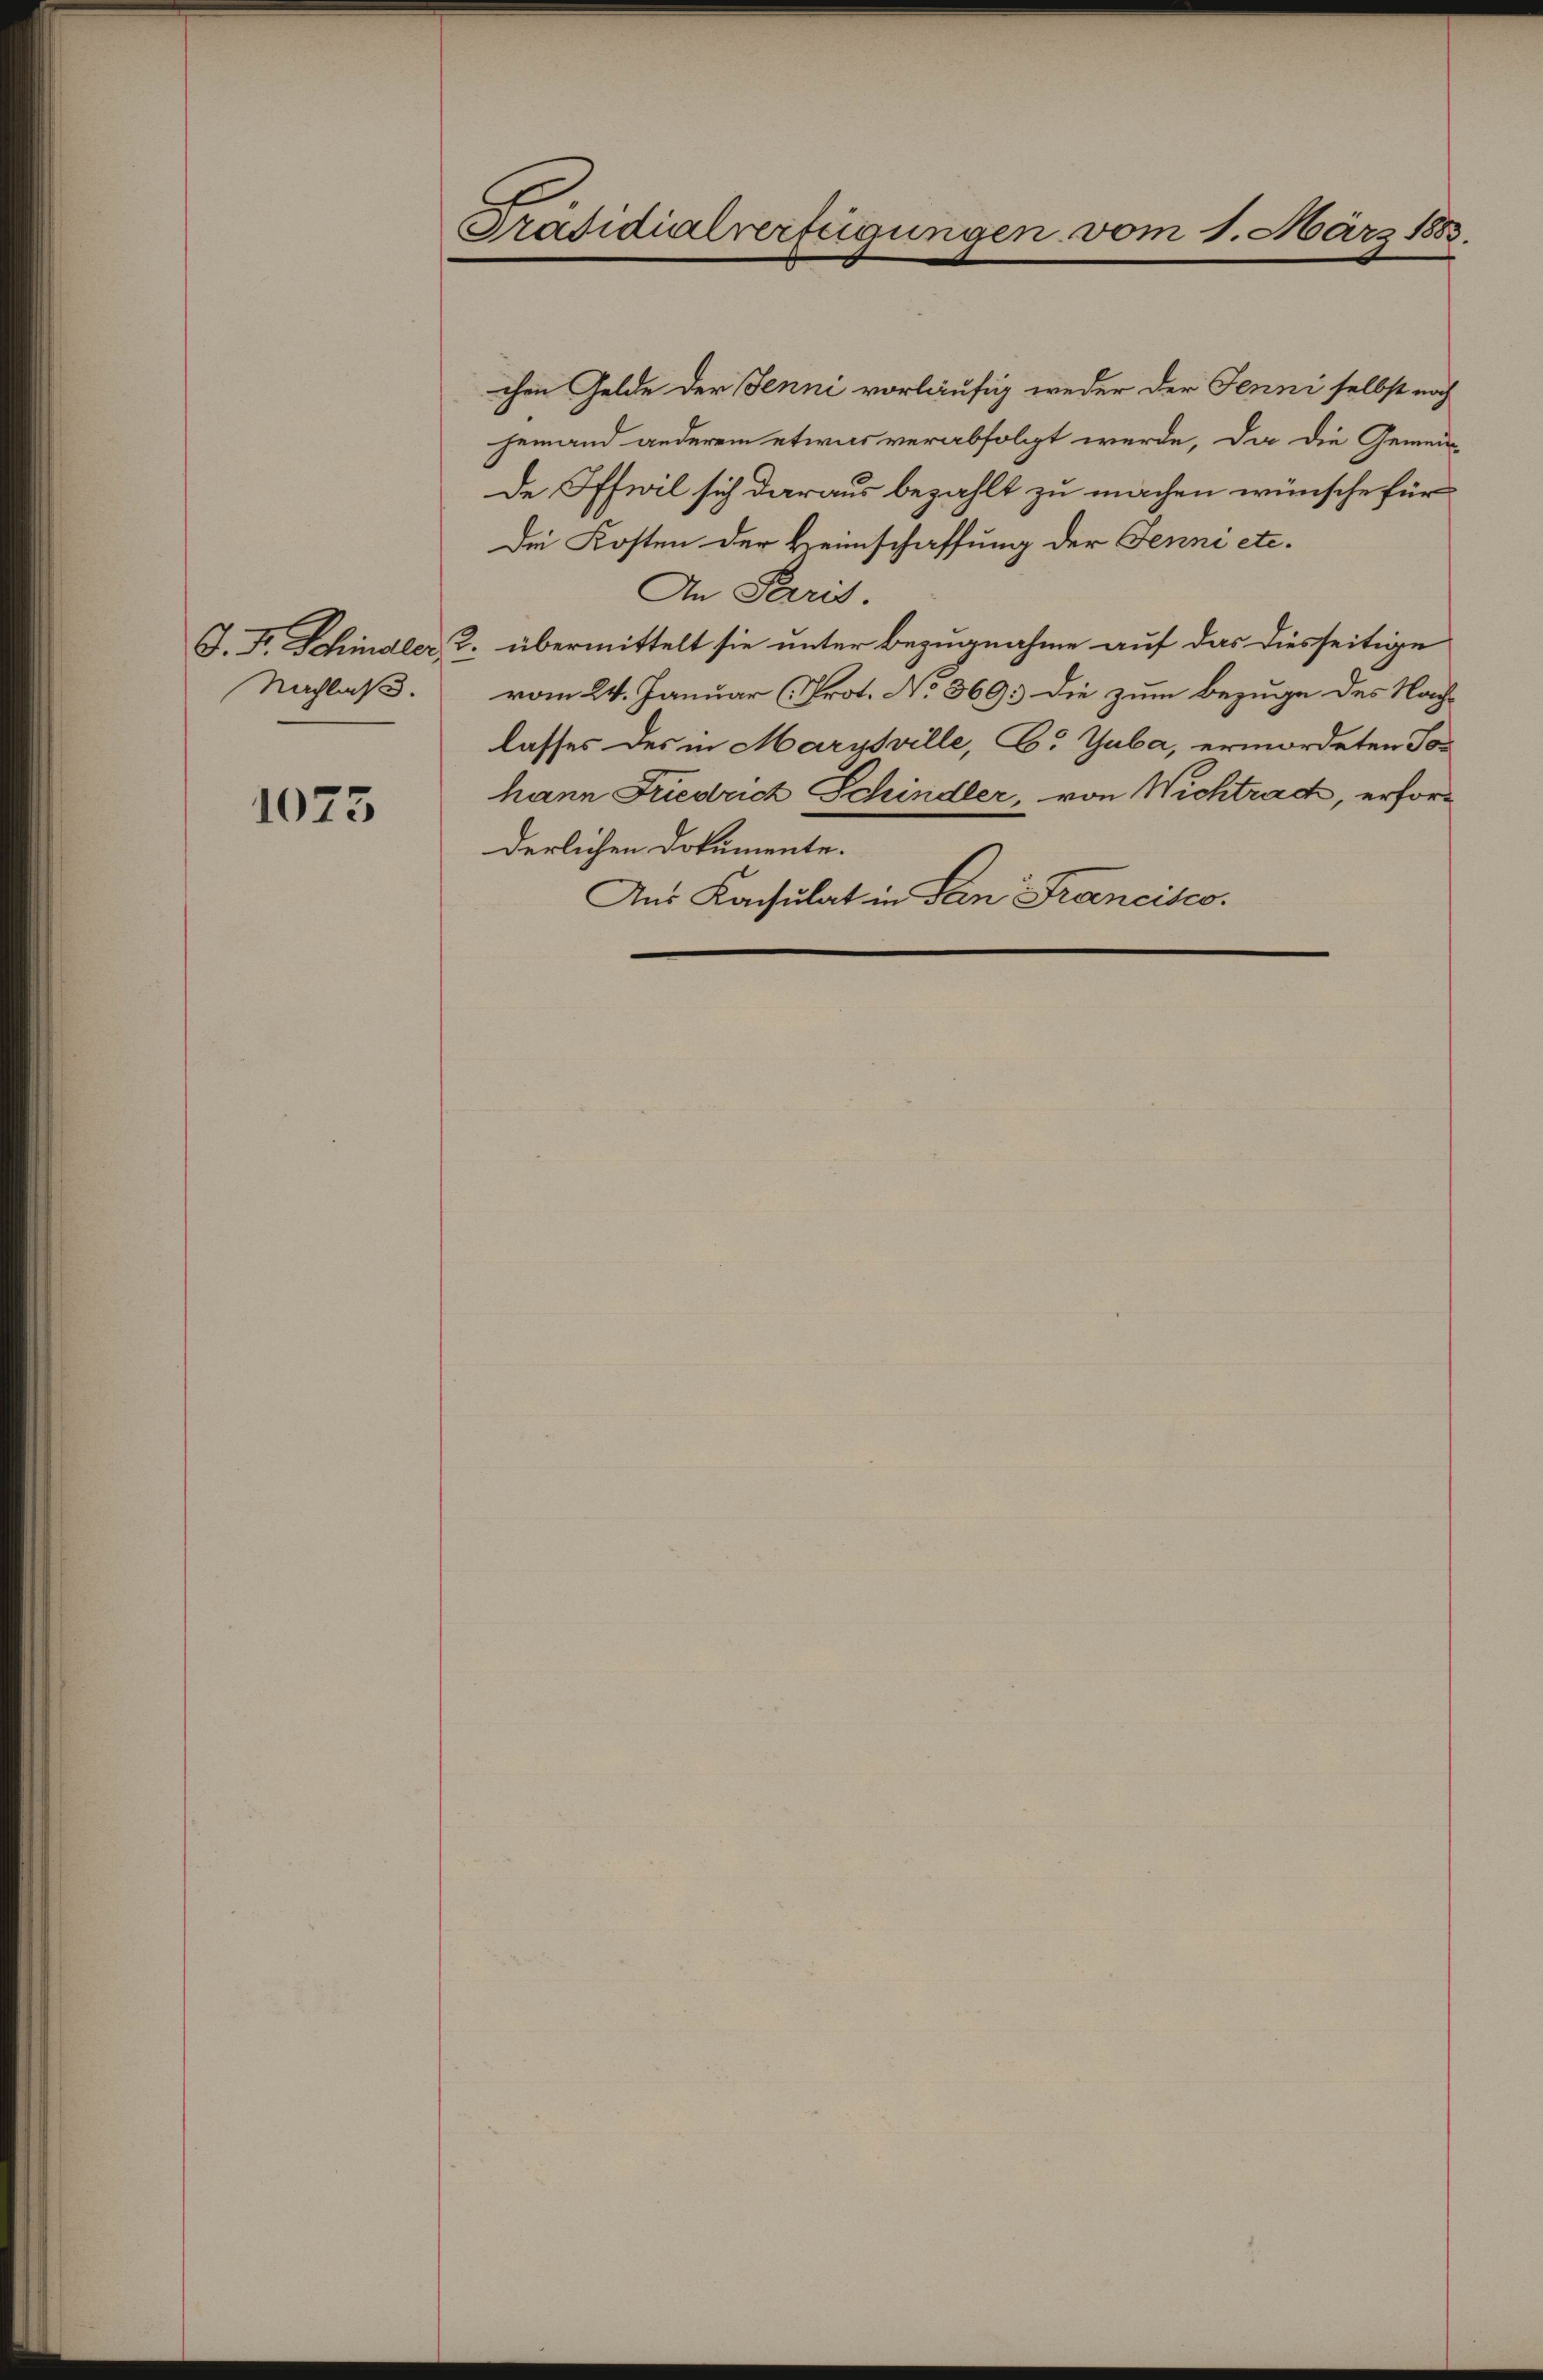
Nachlaß.

1073

Präsidialverfügungen vom 1. März 1883.

chen Gelde der Jenni vorläufig weder der Jenni selbst noch
jemand anderem etwas verabfolgt werde, da die Gemein-
de Offwil sich daraus bezahlt zu machen wünsche für
Die Kosten der Heimschaffung der Jenne etc.
An Paris.
J. F. Schindler, 2. übermittelt sie unter Bezugnahme auf das diesseitige
vom 24. Januar (Prot. No 369. die zum Bezuge des Nachlasses des in Marysville, C. Guba, ermordeten Toc
hann Friedrich Schindler, von Wichtrach, erforderlichen Dokumente.
Aus Kacsulat in San Francisco